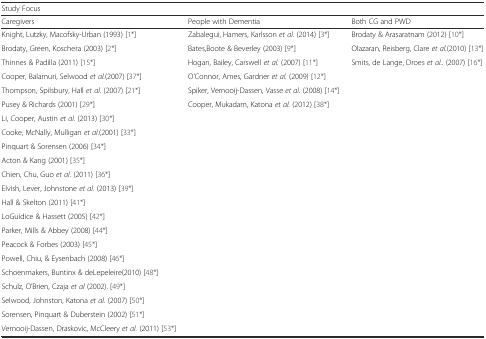
<table><thead><tr><td colspan="3"><b>Study Focus</b></td></tr><tr><td><b>Caregivers</b></td><td><b>People with Dementia</b></td><td><b>Both CG and PWD</b></td></tr></thead><tbody><tr><td>Knight, Lutzky, Macofsky-Urban (1993) [1*]</td><td>Zabalegui, Hamers, Karlsson <i>et al.</i> (2014) [3*]</td><td>Brodaty &amp; Arasaratnam (2012) [10*]</td></tr><tr><td>Brodaty, Green, Koschera (2003) [2*]</td><td>Bates,Boote &amp; Beverley (2003) [9*]</td><td>Olazaran, Reisberg, Clare <i>et al.</i>(2010) [13*]</td></tr><tr><td>Thinnes &amp; Padilla (2011) [15*]</td><td>Hogan, Bailey, Carswell <i>et al.</i> (2007) [11*]</td><td>Smits, de Lange, Droes <i>et al.</i>. (2007) [16*]</td></tr><tr><td>Cooper, Balamuri, Selwood <i>et al.</i>(2007) [37*]</td><td>O’Connor, Ames, Gardner <i>et al.</i> (2009) [12*]</td><td></td></tr><tr><td>Thompson, Spilsbury, Hall <i>et al.</i> (2007) [21*]</td><td>Spiker, Vernooij-Dassen, Vasse <i>et al.</i> (2008) [14*]</td><td></td></tr><tr><td>Pusey &amp; Richards (2001) [29*]</td><td>Cooper, Mukadam, Katona <i>et al.</i> (2012) [38*]</td><td></td></tr><tr><td>Li, Cooper, Austin <i>et al.</i> (2013) [30*]</td><td></td><td></td></tr><tr><td>Cooke, McNally, Mulligan <i>et al.</i>(2001) [33*]</td><td></td><td></td></tr><tr><td>Pinquart &amp; Sorensen (2006) [34*]</td><td></td><td></td></tr><tr><td>Acton &amp; Kang (2001) [35*]</td><td></td><td></td></tr><tr><td>Chien, Chu, Guo <i>et al.</i> (2011) [36*]</td><td></td><td></td></tr><tr><td>Elvish, Lever, Johnstone <i>et al.</i> (2013) [39*]</td><td></td><td></td></tr><tr><td>Hall &amp; Skelton (2011) [41*]</td><td></td><td></td></tr><tr><td>LoGuidice &amp; Hassett (2005) [42*]</td><td></td><td></td></tr><tr><td>Parker, Mills &amp; Abbey (2008) [44*]</td><td></td><td></td></tr><tr><td>Peacock &amp; Forbes (2003) [45*]</td><td></td><td></td></tr><tr><td>Powell, Chiu, &amp; Eysenbach (2008) [46*]</td><td></td><td></td></tr><tr><td>Schoenmakers, Buntinx &amp; deLepeleire(2010) [48*]</td><td></td><td></td></tr><tr><td>Schulz, O’Brien, Czaja <i>et al</i> (2002). [49*]</td><td></td><td></td></tr><tr><td>Selwood, Johnston, Katona <i>et al.</i> (2007) [50*]</td><td></td><td></td></tr><tr><td>Sorensen, Pinquart &amp; Duberstein (2002) [51*]</td><td></td><td></td></tr><tr><td>Vernooij-Dassen, Draskovic, McCleery <i>et al.</i> (2011) [53*]</td><td></td><td></td></tr></tbody></table>